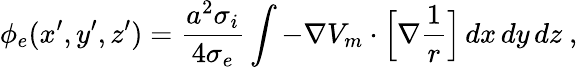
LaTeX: \phi_{e}(x^{\prime},y^{\prime},z^{\prime})=\frac{a^{2}\sigma_{i}}{4\sigma_{e}}\int-\nabla V_{m}\cdot\Big[\nabla\frac{1}{r}\Big]\, dx\, dy\, dz\ ,